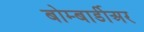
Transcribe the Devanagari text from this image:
बोम्बार्डीअर